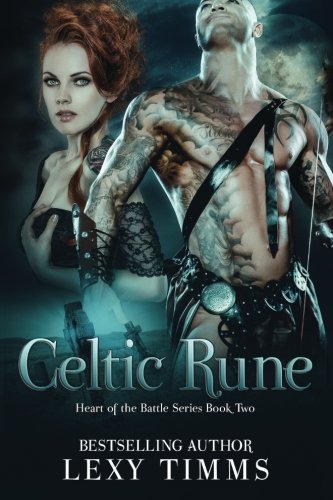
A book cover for Celtic Rune: Historical Viking - Highlander Romance (Heart of the Battle Series) (Volume 2); Lexy Timms; Romance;